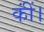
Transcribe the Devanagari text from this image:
कींं।